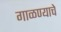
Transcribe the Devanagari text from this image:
गाळण्याचे